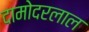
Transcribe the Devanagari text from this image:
दामोदरलाल